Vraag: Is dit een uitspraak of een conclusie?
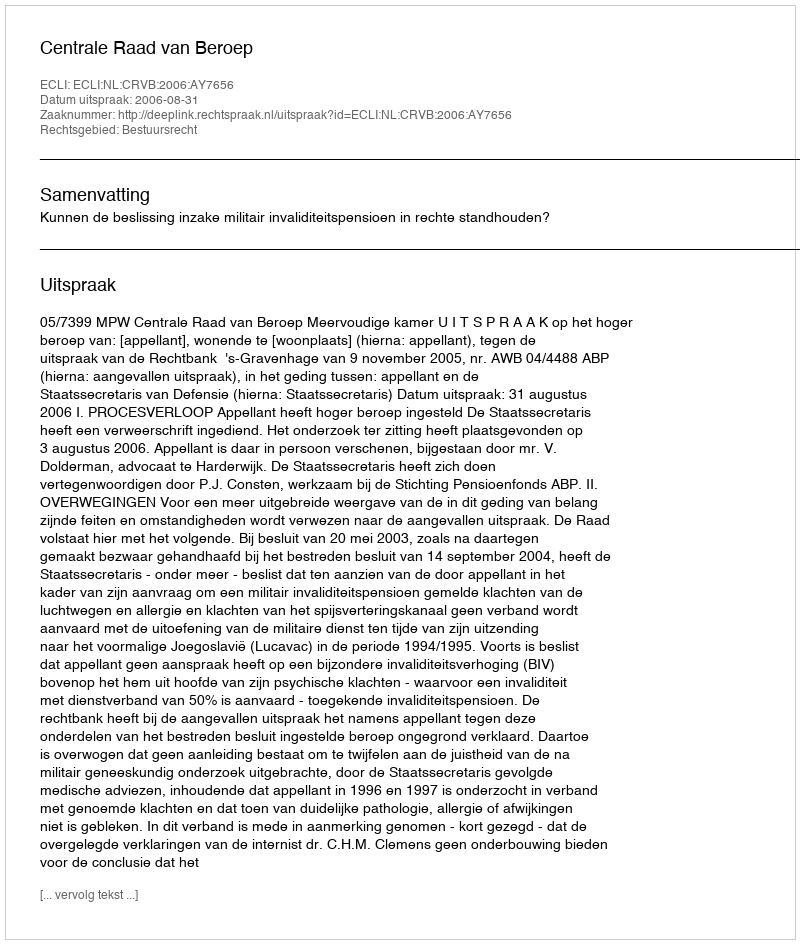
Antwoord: Uitspraak